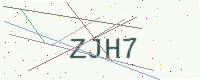
Text: ZJH7